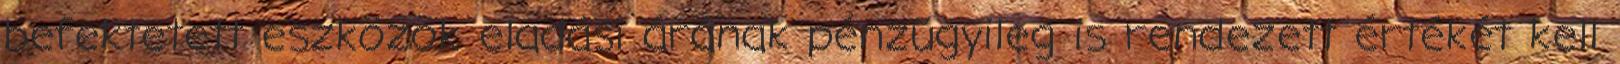
befektetett eszközök eladási árának pénzügyileg is rendezett értékét kell